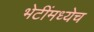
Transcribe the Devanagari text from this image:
भेटींमध्येच